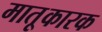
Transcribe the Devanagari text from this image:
मातृ्कारक